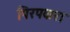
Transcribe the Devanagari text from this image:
पिरपकरा